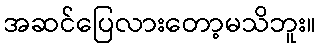
အဆင်ပြေလားတော့မသိဘူး။